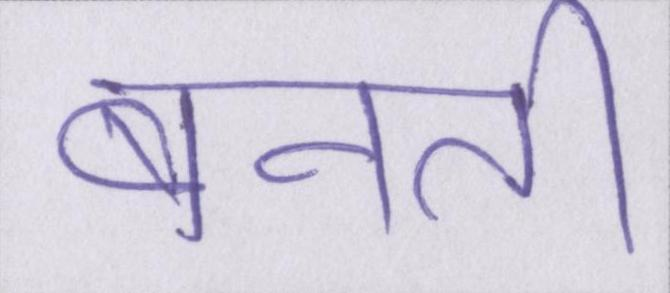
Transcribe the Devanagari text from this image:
बनती